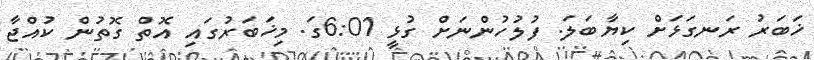
ޚަބަރު ރަނގަޅަށް ކިޔާބަލަ. ފުލުހުންނަށް ގުޅީ 6:01ގަ. މިޚަބަރުގައި އޮތް ގޮތުން ކުއްޖާ